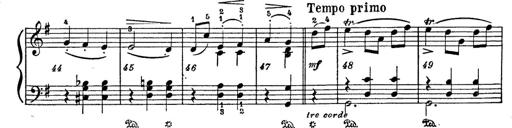
Title: 6 Polish Songs
Composer: Franz Liszt